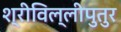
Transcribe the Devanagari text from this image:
श्रीविल्लीपुतुर